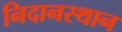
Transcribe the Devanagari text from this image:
निदानस्थान